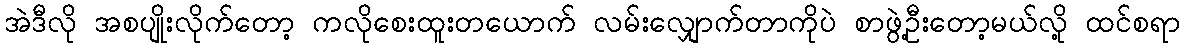
အဲဒီလို အစပျိုးလိုက်တော့ ကလိုစေးထူးတယောက် လမ်းလျှောက်တာကိုပဲ စာဖွဲ့ဦးတော့မယ်လို့ ထင်စရာ